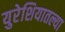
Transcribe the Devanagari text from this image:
युरेशियातल्या